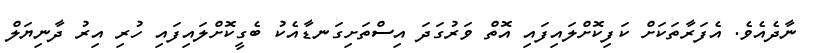
ނާދެއެވެ. އެފަރާތަކަށް ކަފިކޮށްލައިފައި އޮތް ވަރުގަދަ އިސްތަށިގަނޑާއެކު ބެގީކޮށްލައިފައި ހުރި އިރު ދާނިޔަލް